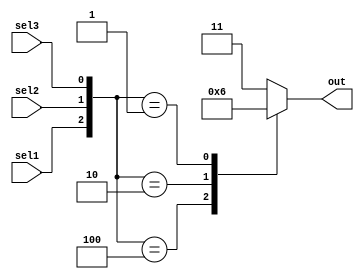
module casetest (sel1, sel2, sel3, out);
  input sel1, sel2, sel3;
  output reg [1:0] out;
  always @(*) begin
    case ({sel1,sel2,sel3}) 
      3'b100:  out = 2'b00;
      3'b010:  out = 2'b01;
      3'b001:  out = 2'b10;
      default: out = 2'b11;
    endcase
  end
endmodule